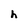
Character: h